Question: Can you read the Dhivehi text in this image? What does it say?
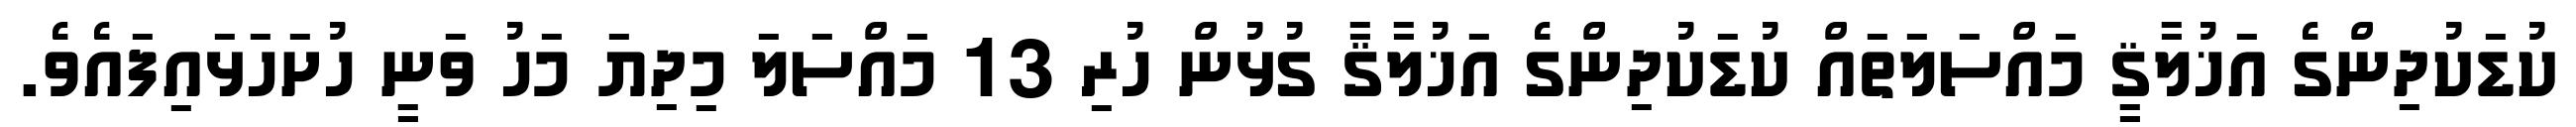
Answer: ކުޑަކުދިންގެ އަޚުލާޤީ މައްސަލަތައް ކުޑަކުދިންގެ އަޚުލާޤާ ގުޅުން ހުރި 13 މައްސަލަ މިދިޔަ މަހު ވަނީ ހުށަހަޅައިފައެވެ.